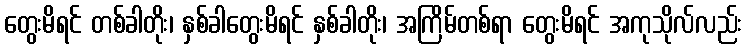
တွေးမိရင် တစ်ခါတိုး၊ နှစ်ခါတွေးမိရင် နှစ်ခါတိုး၊ အကြိမ်တစ်ရာ တွေးမိရင် အကုသိုလ်လည်း